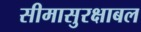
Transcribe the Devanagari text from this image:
सीमासुरक्षाबल